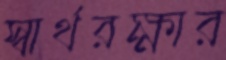
স্বার্থরক্ষার